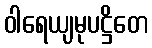
ဝါရေယျမုပဋ္ဌိတေ